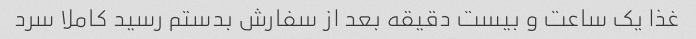
غذا یک ساعت و بیست دقیقه بعد از سفارش بدستم رسید کاملا سرد